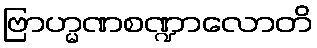
ဗြာဟ္မဏစဏ္ဍာလောတိ